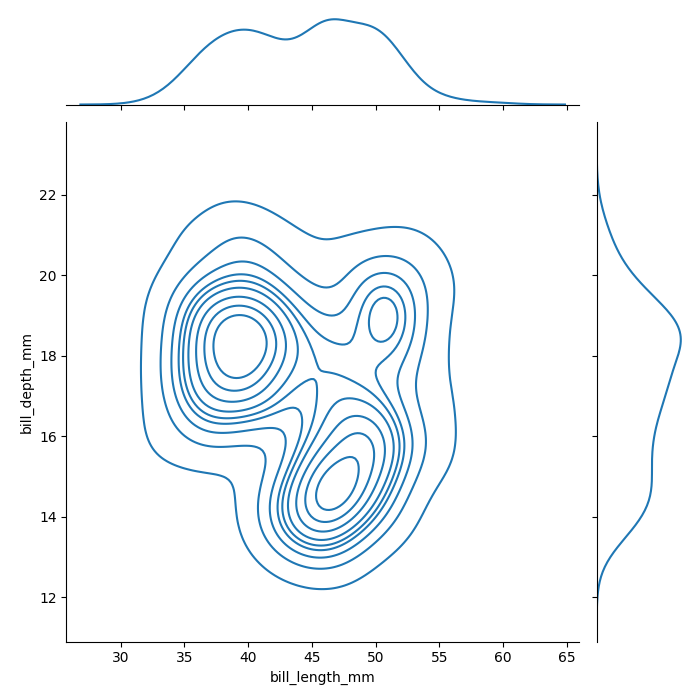
python, seaborn, jointplot, kind='kde', height='7', ratio='5', marginal_ticks='False'